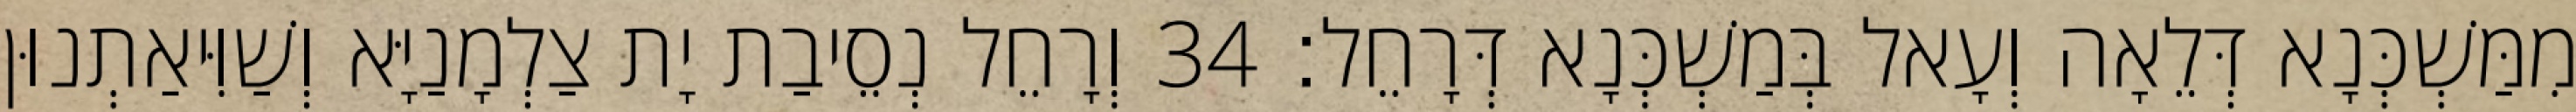
מִמַּשְׁכְּנָא דְּלֵאָה וְעָאל בְּמַשְׁכְּנָא דְּרָחֵל׃ 34 וְרָחֵל נְסֵיבַת יָת צַלְמָנַיָּא וְשַׁוִּיאַתְנוּן